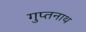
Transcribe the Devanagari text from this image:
गुप्तनाथ